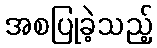
အစပြုခဲ့သည့်